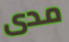
مدى